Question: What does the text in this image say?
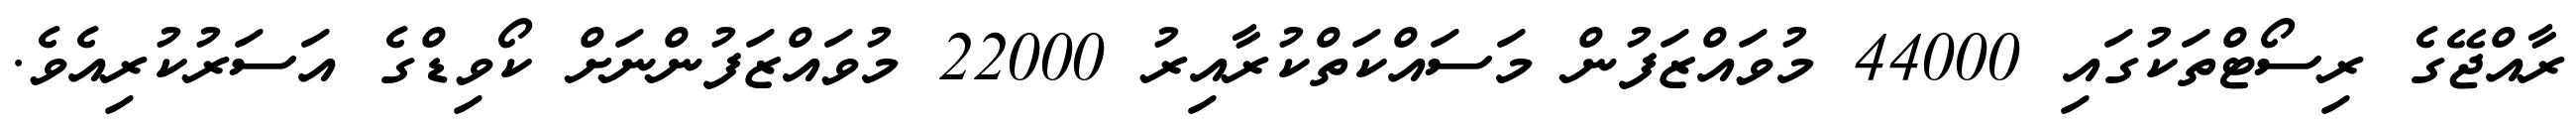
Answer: ރާއްޖޭގެ ރިސޯޓްތަކުގައި 44000 މުވައްޒަފުން މަސައްކަތްކުރާއިރު 22000 މުވައްޒަފުންނަށް ކޯވިޑްގެ އަސަރުކުރިއެވެ.